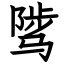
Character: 骘